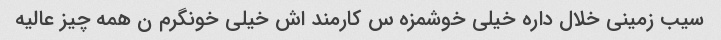
سیب زمینی خلال داره خیلی خوشمزه س کارمند اش خیلی خونگرم ن همه چیز عالیه